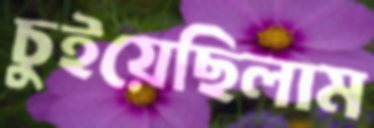
চুইয়েছিলাম